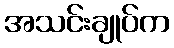
အသင်းချုပ်က